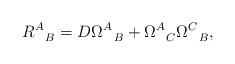
\begin{align*}R^A_{~~B} = D\Omega^A_{~~B} + \Omega^A_{~~C} \Omega^C_{~~B},\end{align*}